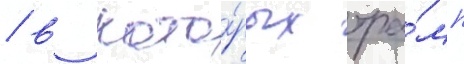
/ в кото́рых тра́мп